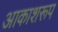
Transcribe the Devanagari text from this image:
आकाशरूप